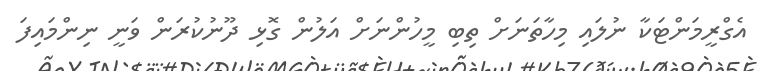
އެގްރީމަންޓަކާ ނުލައި މިހާތަނަށް ތިބި މީހުންނަށް އަލުން ގޮޅި ދޫނުކުރަން ވަނީ ނިންމައިފަ